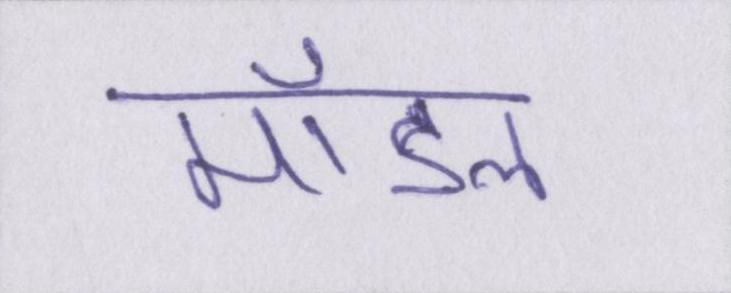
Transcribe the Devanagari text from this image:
मॉडल